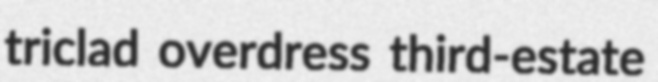
triclad overdress third-estate